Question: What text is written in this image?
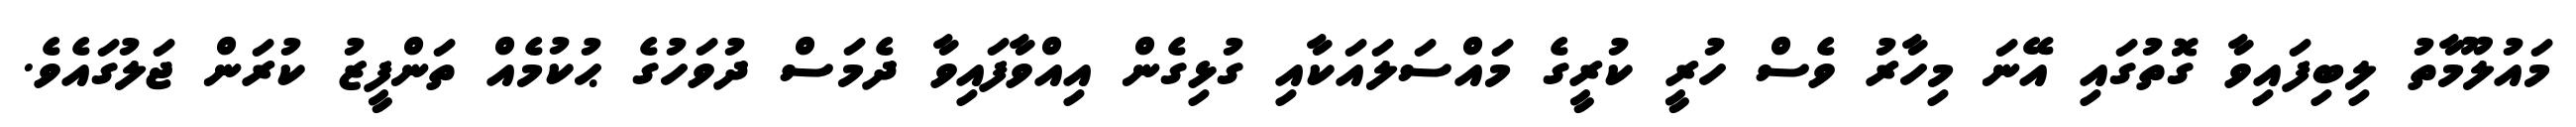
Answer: މައުލޫމާތު ލިބިފައިވާ ގޮތުގައި އޭނަ މިހާރު ވެސް ހުރީ ކުރީގެ މައްސަލައަކާއި ގުޅިގެން އިއްވާފައިވާ ދެމަސް ދުވަހުގެ ޙުކުމެއް ތަންފީޒު ކުރަން ޖަލުގައެވެ.